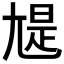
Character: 𡯻